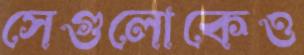
সেগুলোকেও